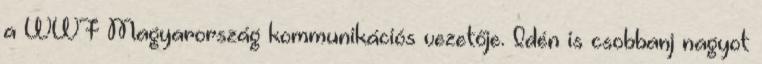
a WWF Magyarország kommunikációs vezetője. Idén is csobbanj nagyot